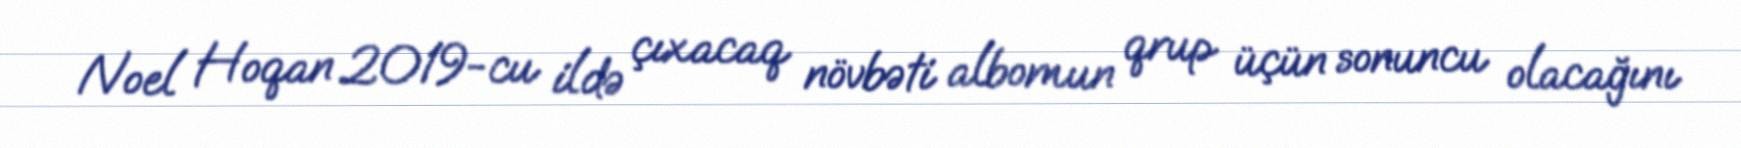
Noel Hoqan 2019-cu ildə çıxacaq növbəti albomun qrup üçün sonuncu olacağını